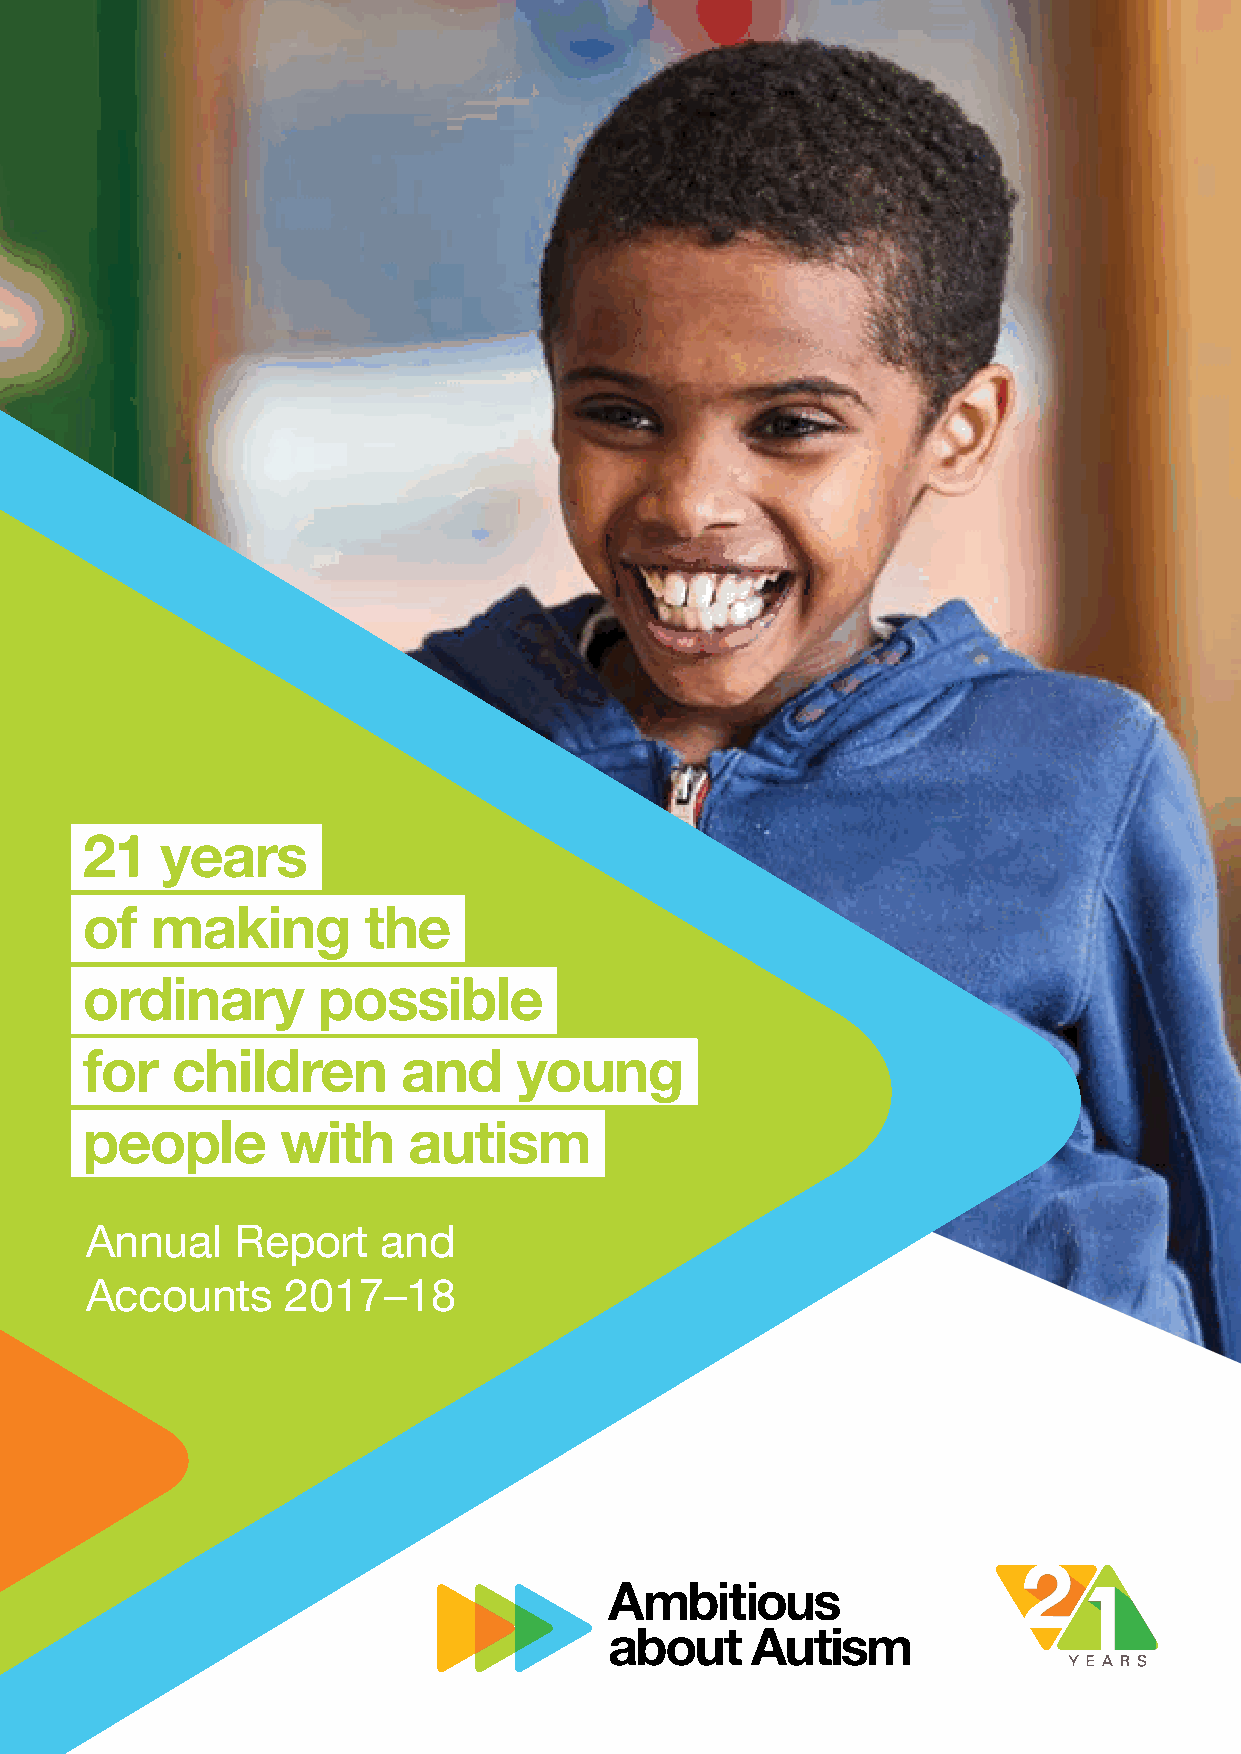
21    years
 of   making        the
 ordinary        possible
 for   children        and    young
 people        with    autism
 Annual    Report   and
 Accounts     2017–18
 Ambitious about Autism Annual Report and Accounts 2017–18 | 1